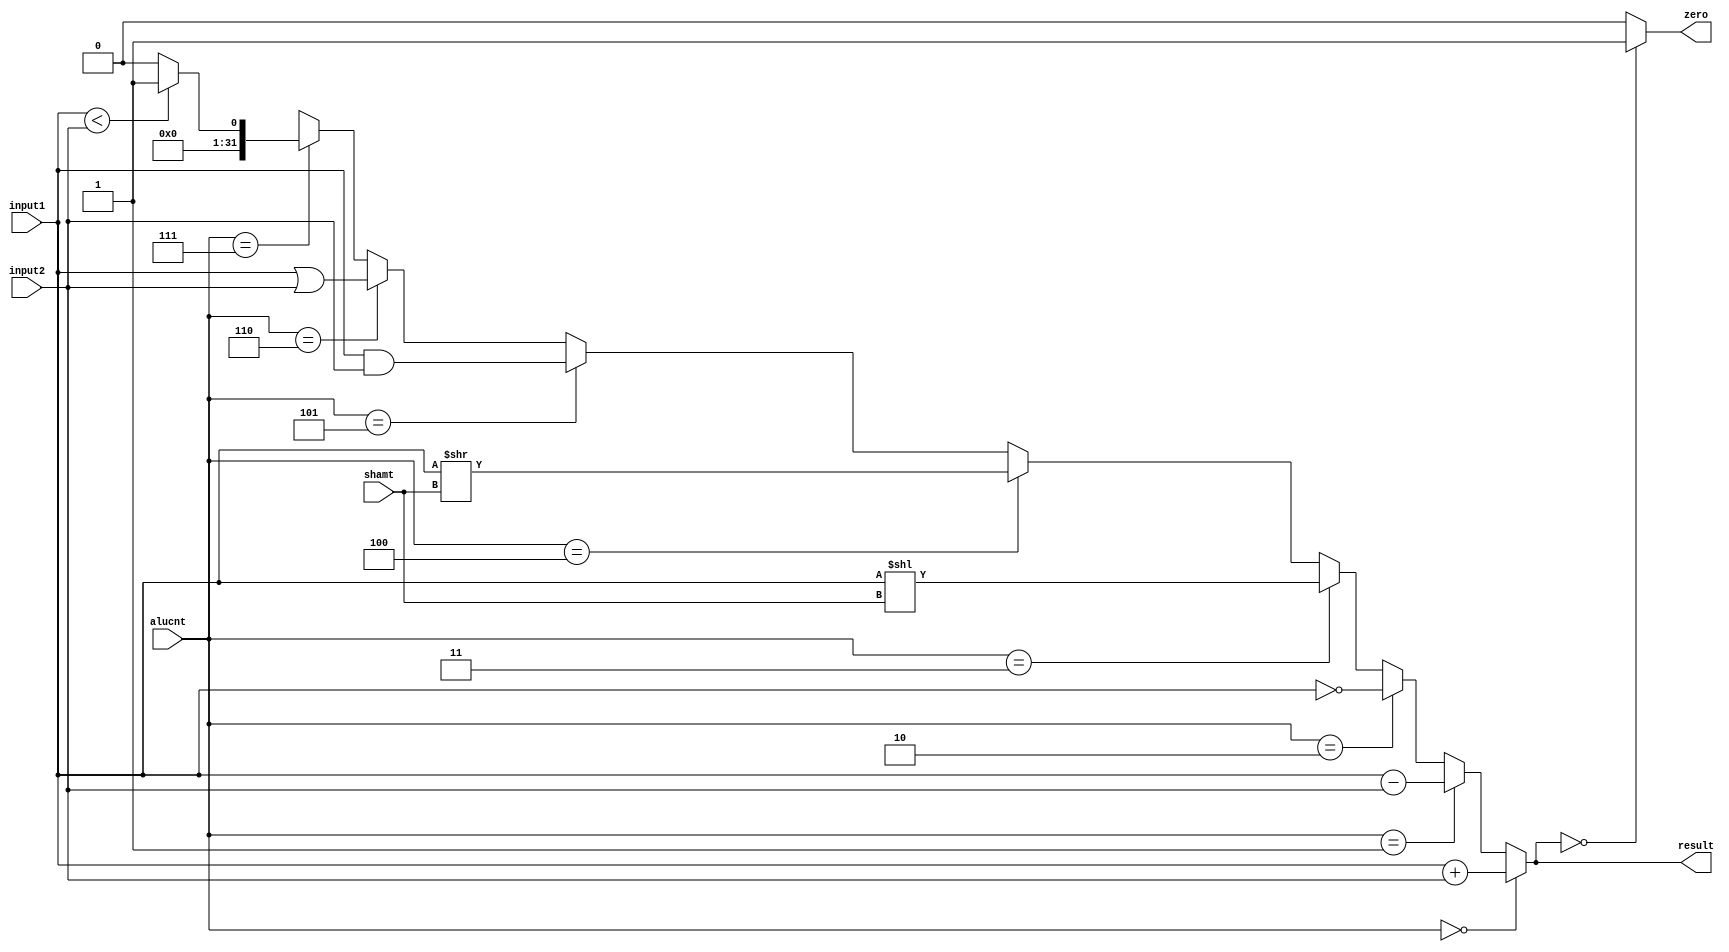
`timescale 1ns / 1ps

module alu(
	input [3:0] alucnt,
	input [31:0] input1,
	input [31:0] input2,
	input [4:0] shamt,
	output [31:0] result,
	output zero
	);
	
	assign result = alucnt == 4'b0000 ? input1 + input2 :
						 alucnt == 4'b0001 ? input1 - input2 :
						 alucnt == 4'b0010 ? ~input1 :
						 alucnt == 4'b0011 ? input1 << shamt :
						 alucnt == 4'b0100 ? input1 >> shamt :
						 alucnt == 4'b0101 ? input1 & input2 :
						 alucnt == 4'b0110 ? input1 | input2 :
						 alucnt == 4'b0111 ? input1 < input2 ? 1 : 0 : {32{1'bx}};
	assign zero = result == 1'b0 ? 1 : 0;

endmodule